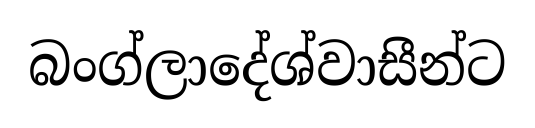
බංග්ලාදේශ්වාසීන්ට